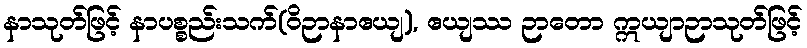
နာသုတ်ဖြင့် နာပစ္စည်းသက်(ဝိဉာနာဧယျ), ဧယျဿ ဉာတော ဣယျာဉာသုတ်ဖြင့်